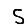
Digit: 5